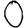
Digit: 0